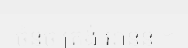
ចំនុច ត្រង់ អានន្ត ។